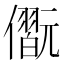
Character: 𠐢